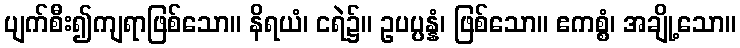
ပျက်စီး၍ကျရာဖြစ်သော။ နိရယံ၊ ငရဲ၌။ ဥပပ္ပန္နံ၊ ဖြစ်သော။ ဧကစ္စံ၊ အချို့သော။